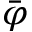
\bar { \varphi }